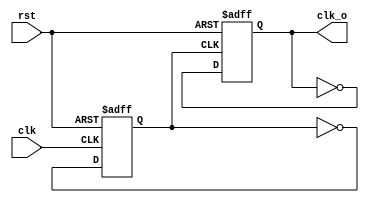
`timescale 1ns / 1ps
//////////////////////////////////////////////////////////////////////////////////
// Company: 
// Engineer: 
// 
// Design Name: 
// Module Name: clk_div_4
// Project Name: 
// Target Devices: 
// Tool Versions: 
// Description: 
// 
// Dependencies: 
// 
// Revision:
// Revision 0.01 - File Created
// Additional Comments:
// 
//////////////////////////////////////////////////////////////////////////////////


module clk_div_4(
	input clk, rst,
	output reg clk_o
    );
    reg clk_2;
    always @(posedge clk or posedge rst) begin 
    	if (rst) 
    		clk_2 <= 1'b0;
    	else 
    		clk_2 <= ~clk_2;
    end
    
    always @(posedge clk_2 or posedge rst) begin 
    	if (rst)
    		clk_o <= 1'b0;
    	else
    		clk_o <= ~clk_o;
    end
endmodule